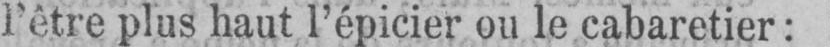
l’être plus haut l’épicier ou le cabaretier: